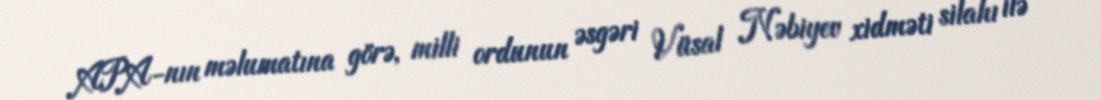
APA-nın məlumatına görə, milli ordunun əsgəri Vüsal Nəbiyev xidməti silahı ilə